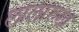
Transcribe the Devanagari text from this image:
लालारुख